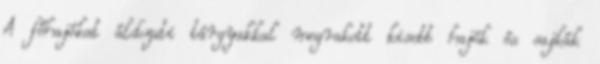
A főhajókat áldozati tárgyakkal megrakott kisebb hajók és sajkák